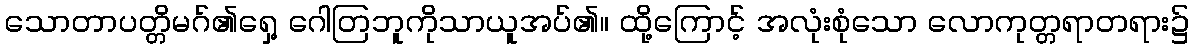
သောတာပတ္တိမဂ်၏ရှေ့ ဂေါတြဘူကိုသာယူအပ်၏။ ထို့ကြောင့် အလုံးစုံသော လောကုတ္တရာတရား၌